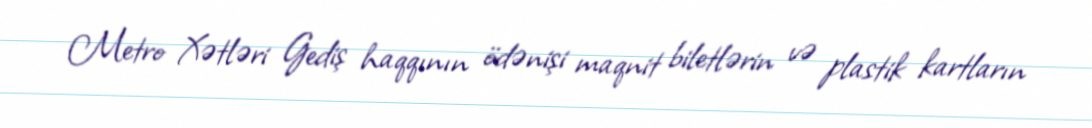
Metro Xətləri Gediş haqqının ödənişi maqnit biletlərin və plastik kartların